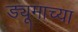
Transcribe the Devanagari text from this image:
ड्यूमाच्या